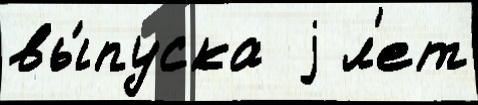
вы́пуска  j л'ет